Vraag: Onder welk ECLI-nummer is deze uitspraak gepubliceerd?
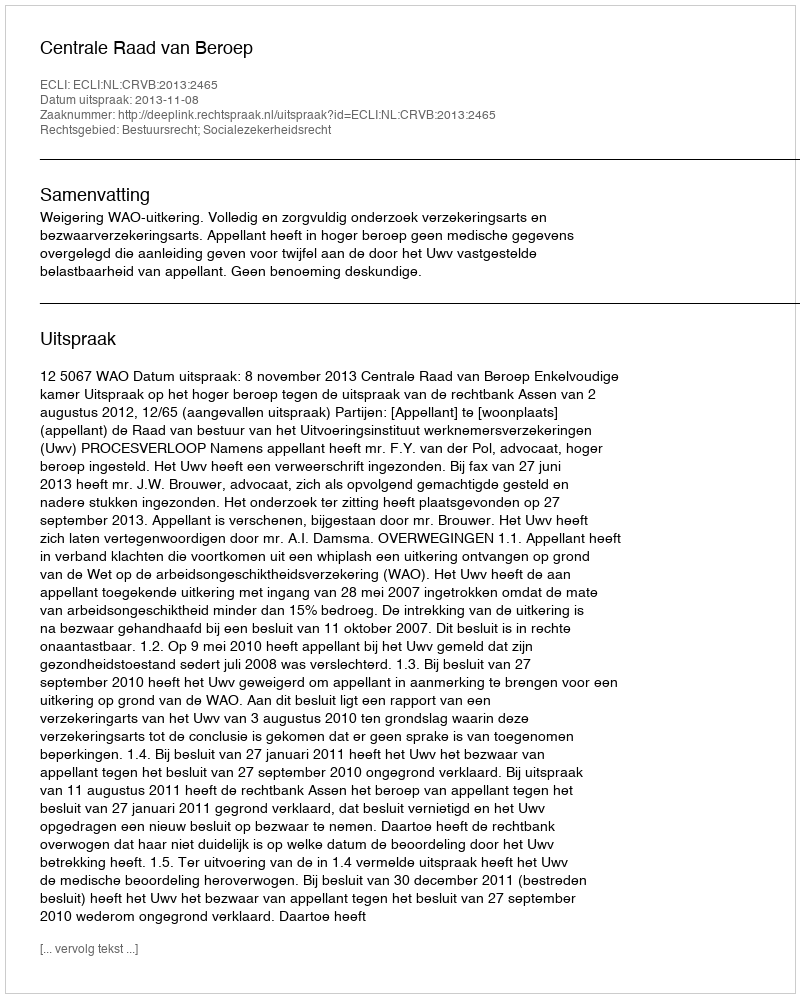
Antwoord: ECLI:NL:CRVB:2013:2465